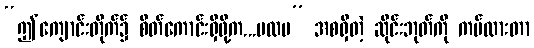
“ဤကျောင်းတိုက်၌ စိတ်ကောင်းရှိဖို့က...ပထမ” အစရှိတဲ့ ဆိုင်းဘုတ်ကို ကပ်ထားတာ